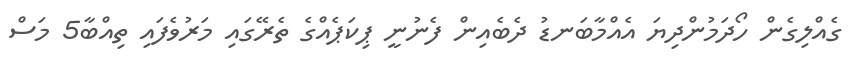
ގެއްލިގެން ހޯދަމުންދިޔަ އެއްްމާބަނޑު ދެބެއިން ފެނުނީ ޕިކަޕެއްގެ ތެރޭގައި މަރުވެފައި ތިއްބާ5 މަސް